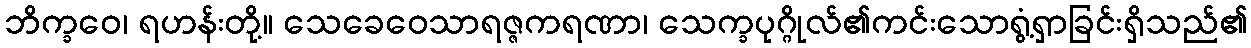
ဘိက္ခဝေ၊ ရဟန်းတို့။ သေခေဝေသာရဇ္ဇကရဏာ၊ သေက္ခပုဂ္ဂိုလ်၏ကင်းသောရွံ့ရှာခြင်းရှိသည်၏